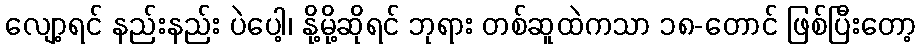
လျော့ရင် နည်းနည်း ပဲပေါ့၊ နို့မို့ဆိုရင် ဘုရား တစ်ဆူထဲကသာ ၁၈-တောင် ဖြစ်ပြီးတော့